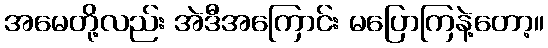
အမေတို့လည်း အဲဒီအကြောင်း မပြောကြနဲ့တော့။